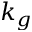
k _ { g }